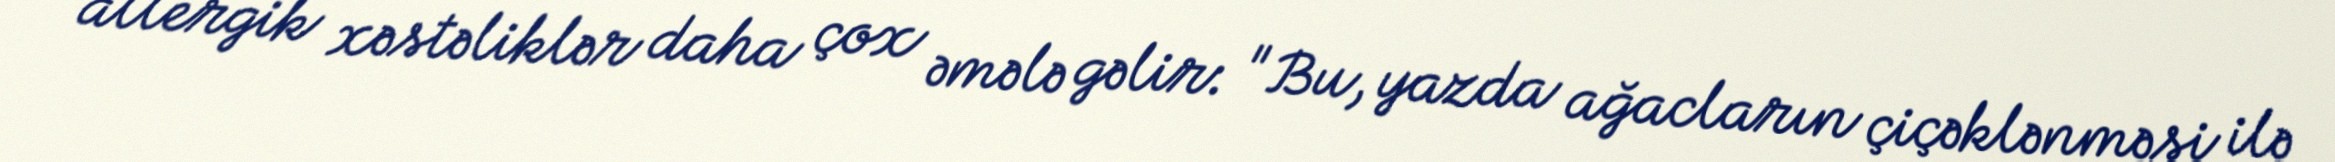
allergik xəstəliklər daha çox əmələ gəlir: "Bu, yazda ağacların çiçəklənməsi ilə